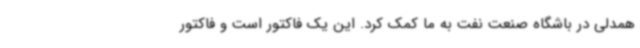
همدلی در باشگاه صنعت نفت به ما کمک کرد. این یک فاکتور است و فاکتور